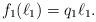
LaTeX: \begin{align*}f_1(\ell_1) = q_1\ell_1. \end{align*}